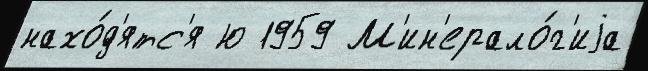
нахо́д'ятс'я ю 1959 М'ин'ерало́г'иjа